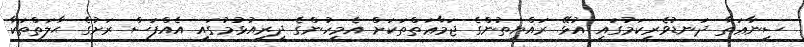
ސިނާޢަތާ ދަނޑުވެރިކަމުގައި އުޅޭ ރައްޔިތުންގެ ޖަމާޢަތްތަކަށް އެމީހުންގެ ދިރިއުޅުމުގައި އެއްފަސް ރަށުގެ ޙާލަތްތަކާ